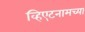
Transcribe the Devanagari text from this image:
व्हिएटनामच्या